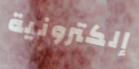
إلكترونية